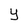
Character: Y